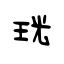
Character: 珖